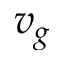
v _ { g }